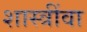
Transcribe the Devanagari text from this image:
शास्त्रींवा